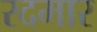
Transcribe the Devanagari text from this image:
रदमार